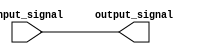
module ttl_buffer (
    input wire input_signal,
    output reg output_signal
);

assign output_signal = input_signal;

endmodule